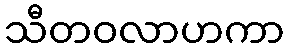
သီတဝလာဟကာ